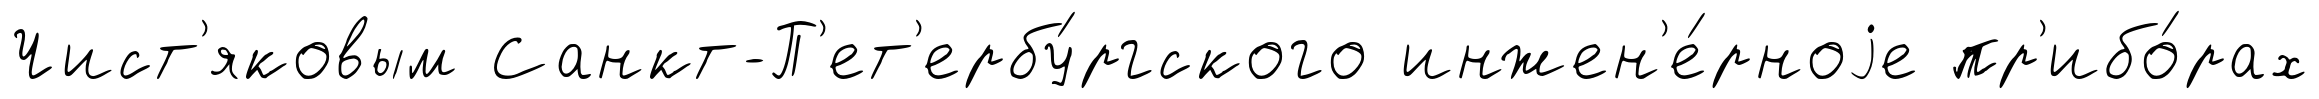
Чист'яковым Санкт-П'ет'ербу́ргского инжен'е́рноjе пр'ибо́рах